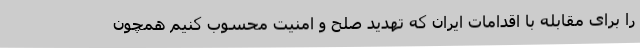
را برای مقابله با اقدامات ایران که تهدید صلح و امنیت محسوب کنیم همچون